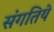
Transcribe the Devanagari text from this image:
संगतिये